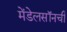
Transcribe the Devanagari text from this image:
मेंडेलसॉनची